Annual statistical returns and brief notes on vaccination in Bengal - 1909-1929
Year: 1909
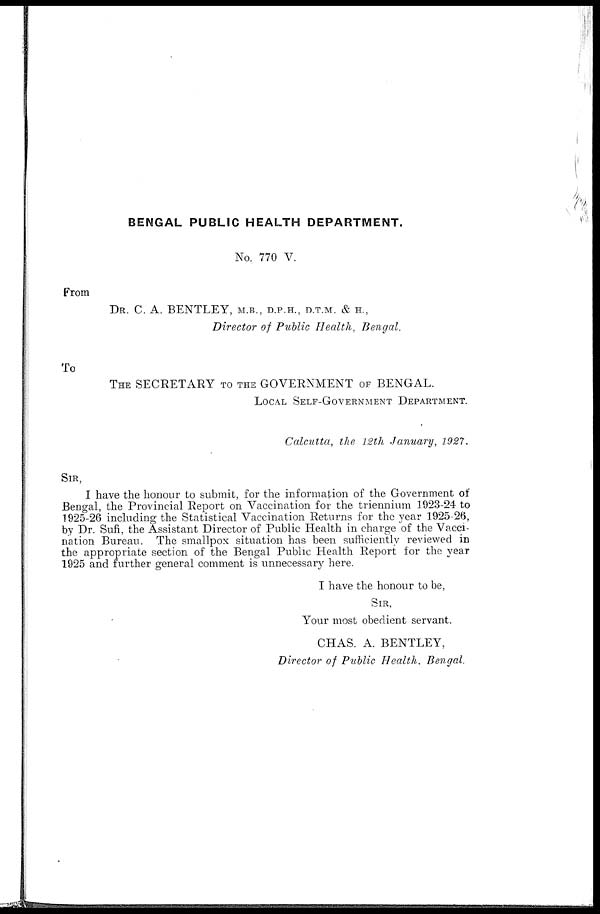
BENGAL PUBLIC HEALTH DEPARTMENT.
No. 770 V.
From
DR. C. A. BENTLEY, M.B., D.P.H., D.T.M. & H.,
Director of Public Health, Bengal.
To
THE SECRETARY TO THE GOVERNMENT OF BENGAL.
LOCAL SELF-GOVERNMENT DEPARTMENT.
Calcutta, the 12th January, 1927.
SIR,
I have the honour to submit, for the information of the Government of
Bengal, the Provincial Report on Vaccination for the triennium 1923-24 to
1925-26 including the Statistical Vaccination Returns for the year 1925-26,
by Dr. Sufi, the Assistant Director of Public Health in charge of the Vacci-
nation Bureau. The smallpox situation has been sufficiently reviewed in
the appropriate section of the Bengal Public Health Report for the year
1925 and further general comment is unnecessary here.
I have the honour to be,
SIR,
Your most obedient servant.
CHAS. A. BENTLEY,
Director of Public Health. Bengal.